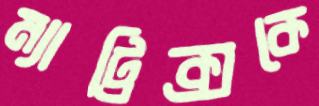
ম্যাট্রিক্সকে